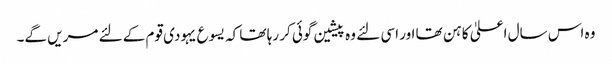
وہ اس سال اعلیٰ کاہن تھا اور اسی لئے وہ پیشین گوئی کر رہا تھا کہ یسوع یہودی قوم کے لئے مریں گے۔